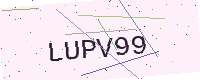
Text: LUPV99